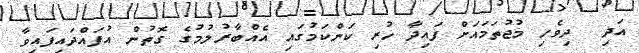
އަދި  ދިވެހި މުޖުތަމައަށް ފައިދާ ހުރި ކަންކަމުގައި އެއްބާރުލުމުގެ ގޮތުން އުފައްދައިފައިވާ